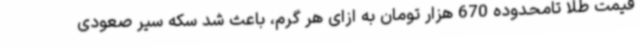
قیمت طلا تامحدوده 670 هزار تومان به ازای هر گرم، باعث شد سکه سیر صعودی